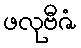
ဖလုဗီဇံ